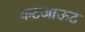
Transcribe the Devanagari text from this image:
कटआऊट